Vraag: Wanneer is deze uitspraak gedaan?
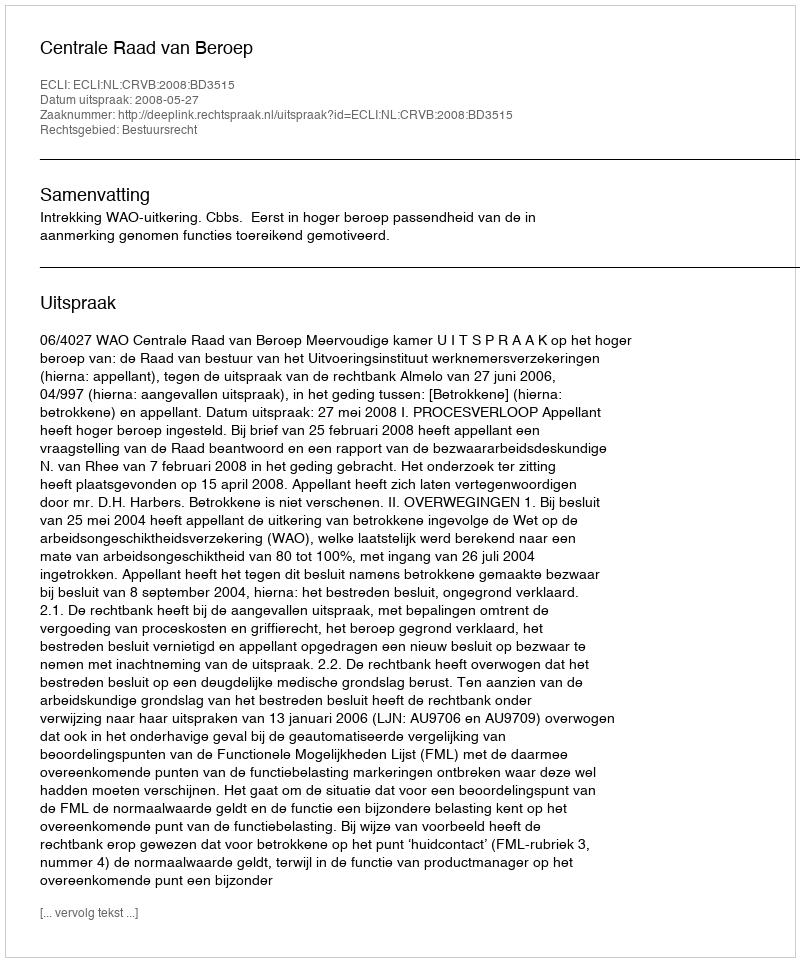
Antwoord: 2008-05-27